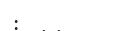
: